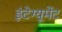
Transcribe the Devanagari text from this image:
इंटेग्यूमेंट